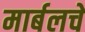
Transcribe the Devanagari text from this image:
मार्बलचे